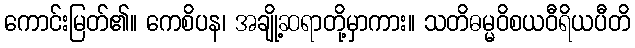
ကောင်းမြတ်၏။ ကေစိပန၊ အချို့ဆရာတို့မှာကား။ သတိဓမ္မဝိစယဝီရိယပီတိ